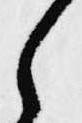
之